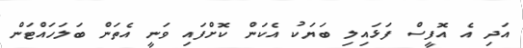
އަދި އެ އޮފީސް ފަޅައިލި ބަޔަކު އެކަން ކޮށްފައި ވަނީ އެތަން ބަލަހައްޓަން